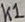
Text: K1